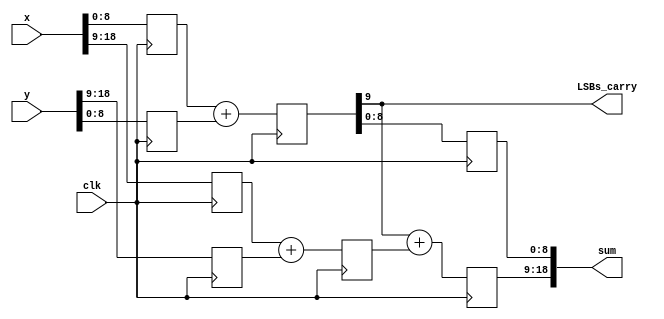
//*********************************************************
// IEEE STD 1364-2001 Verilog file: add1p.v 
// Author-EMAIL: Uwe.Meyer-Baese@ieee.org
//*********************************************************

module add1p   
#(parameter WIDTH   = 19, // Total bit width
            WIDTH1  = 9,  // Bit width of LSBs 
            WIDTH2  = 10)  // Bit width of MSBs
 (input  [WIDTH-1:0] x, y,  // Inputs
  output [WIDTH-1:0] sum,  // Result
  input              clk,  // System clock
  output       LSBs_carry); // Test port

  reg [WIDTH1-1:0] l1, l2, s1; // LSBs of inputs
  reg [WIDTH1:0] r1;           // LSBs of inputs
  reg [WIDTH2-1:0] l3, l4, r2, s2; // MSBs of input
// --------------------------------------------------------      
  always @(posedge clk) begin
    // Split in MSBs and LSBs and store in registers
    // Split LSBs from input x,y
    l1[WIDTH1-1:0] <= x[WIDTH1-1:0];
    l2[WIDTH1-1:0] <= y[WIDTH1-1:0];
    // Split MSBs from input x,y
    l3[WIDTH2-1:0] <= x[WIDTH2-1+WIDTH1:WIDTH1];
    l4[WIDTH2-1:0] <= y[WIDTH2-1+WIDTH1:WIDTH1];
/************* First stage of the adder  *****************/
     r1 <= {1'b0, l1} + {1'b0, l2};
     r2 <= l3 + l4;
/************** Second stage of the adder ****************/
     s1 <= r1[WIDTH1-1:0];
  // Add MSBs (x+y) and carry from LSBs
     s2 <= r1[WIDTH1] + r2;
  end

  assign LSBs_carry = r1[WIDTH1]; // Add a test signal

 // Build a single registered output word 
 // of WIDTH = WIDTH1 + WIDTH2
  assign sum = {s2, s1};      

endmodule